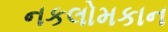
નકલોમકાન